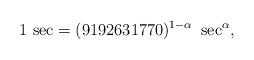
LaTeX: \begin{align*}{\rm 1\,\, sec} = (9192631770)^{1 -\alpha}\,\, \sec^{\alpha},\end{align*}